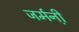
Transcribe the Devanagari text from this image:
जर्मनी़